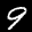
Label: 9